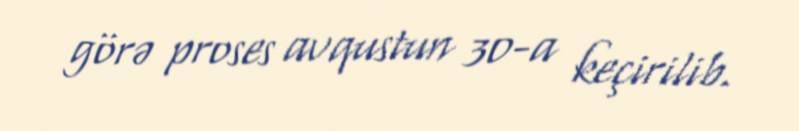
görə proses avqustun 30-a keçirilib.